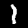
Label: 1